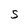
Character: S